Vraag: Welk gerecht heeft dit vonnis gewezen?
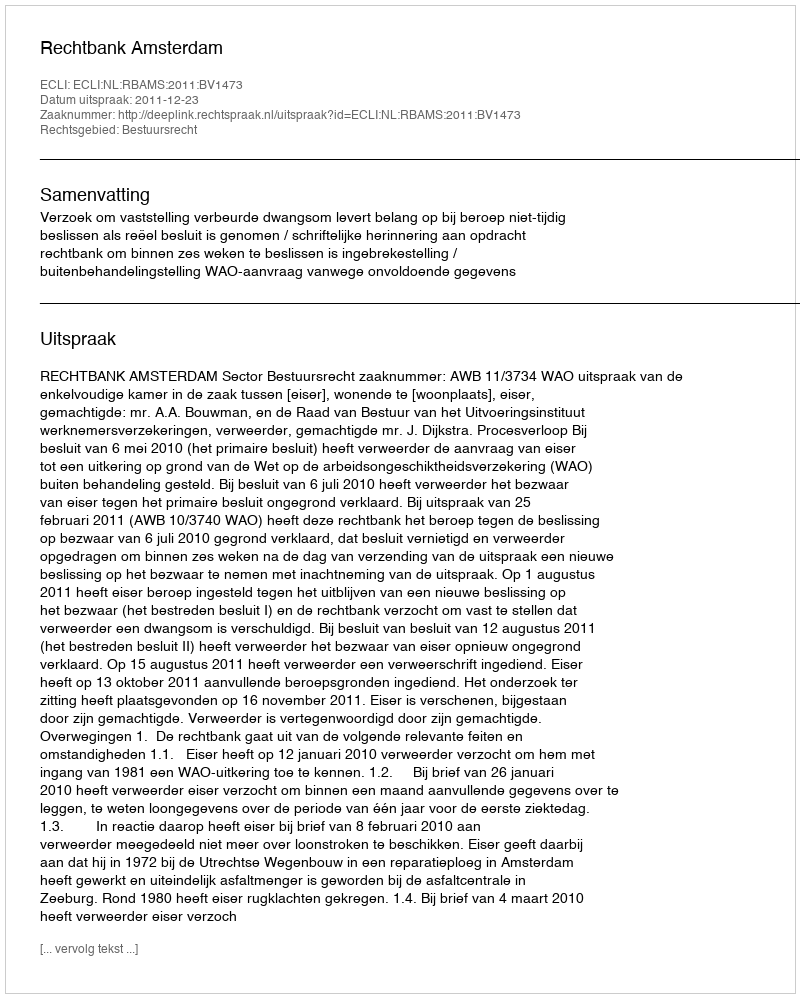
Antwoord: Rechtbank Amsterdam